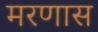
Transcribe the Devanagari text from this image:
मरणास